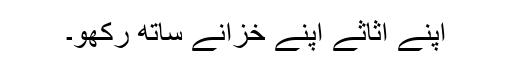
اپنے اثاثے اپنے خزانے ساتھ رکھو۔